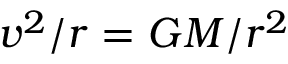
v ^ { 2 } / r = G M / r ^ { 2 }